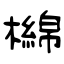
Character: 檰